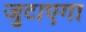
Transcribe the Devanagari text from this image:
जुटाएगा